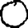
Digit: 0